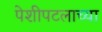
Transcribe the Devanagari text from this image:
पेशीपटलाच्या